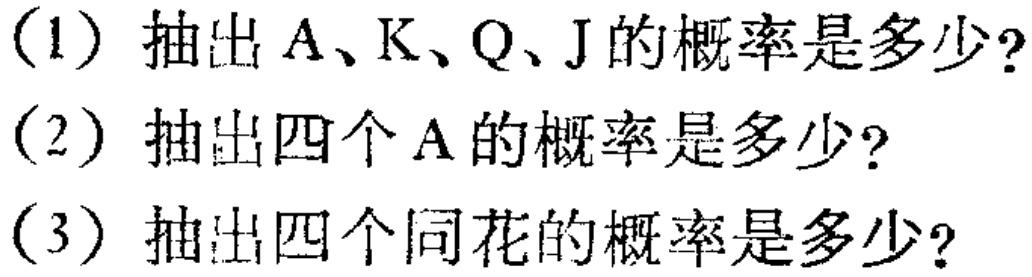
(1) 抽出 A、K、Q、J 的概率是多少?
(2) 抽出四个 A 的概率是多少?
(3) 抽出四个同花的概率是多少?